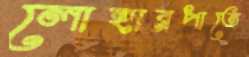
লোহারপাতে